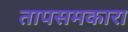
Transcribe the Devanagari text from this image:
तापसमकारा